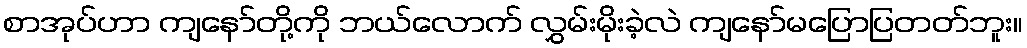
စာအုပ်ဟာ ကျနော်တို့ကို ဘယ်လောက် လွှမ်းမိုးခဲ့လဲ ကျနော်မပြောပြတတ်ဘူး။